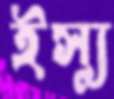
ইস্যু